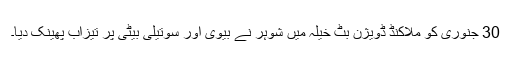
30 جنوری کو ملاکنڈ ڈویژن بٹ خیلہ میں شوہر نے بیوی اور سوتیلی بیٹی پر تیزاب پھینک دیا۔